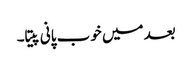
بعد میں خوب پانی پیتا۔